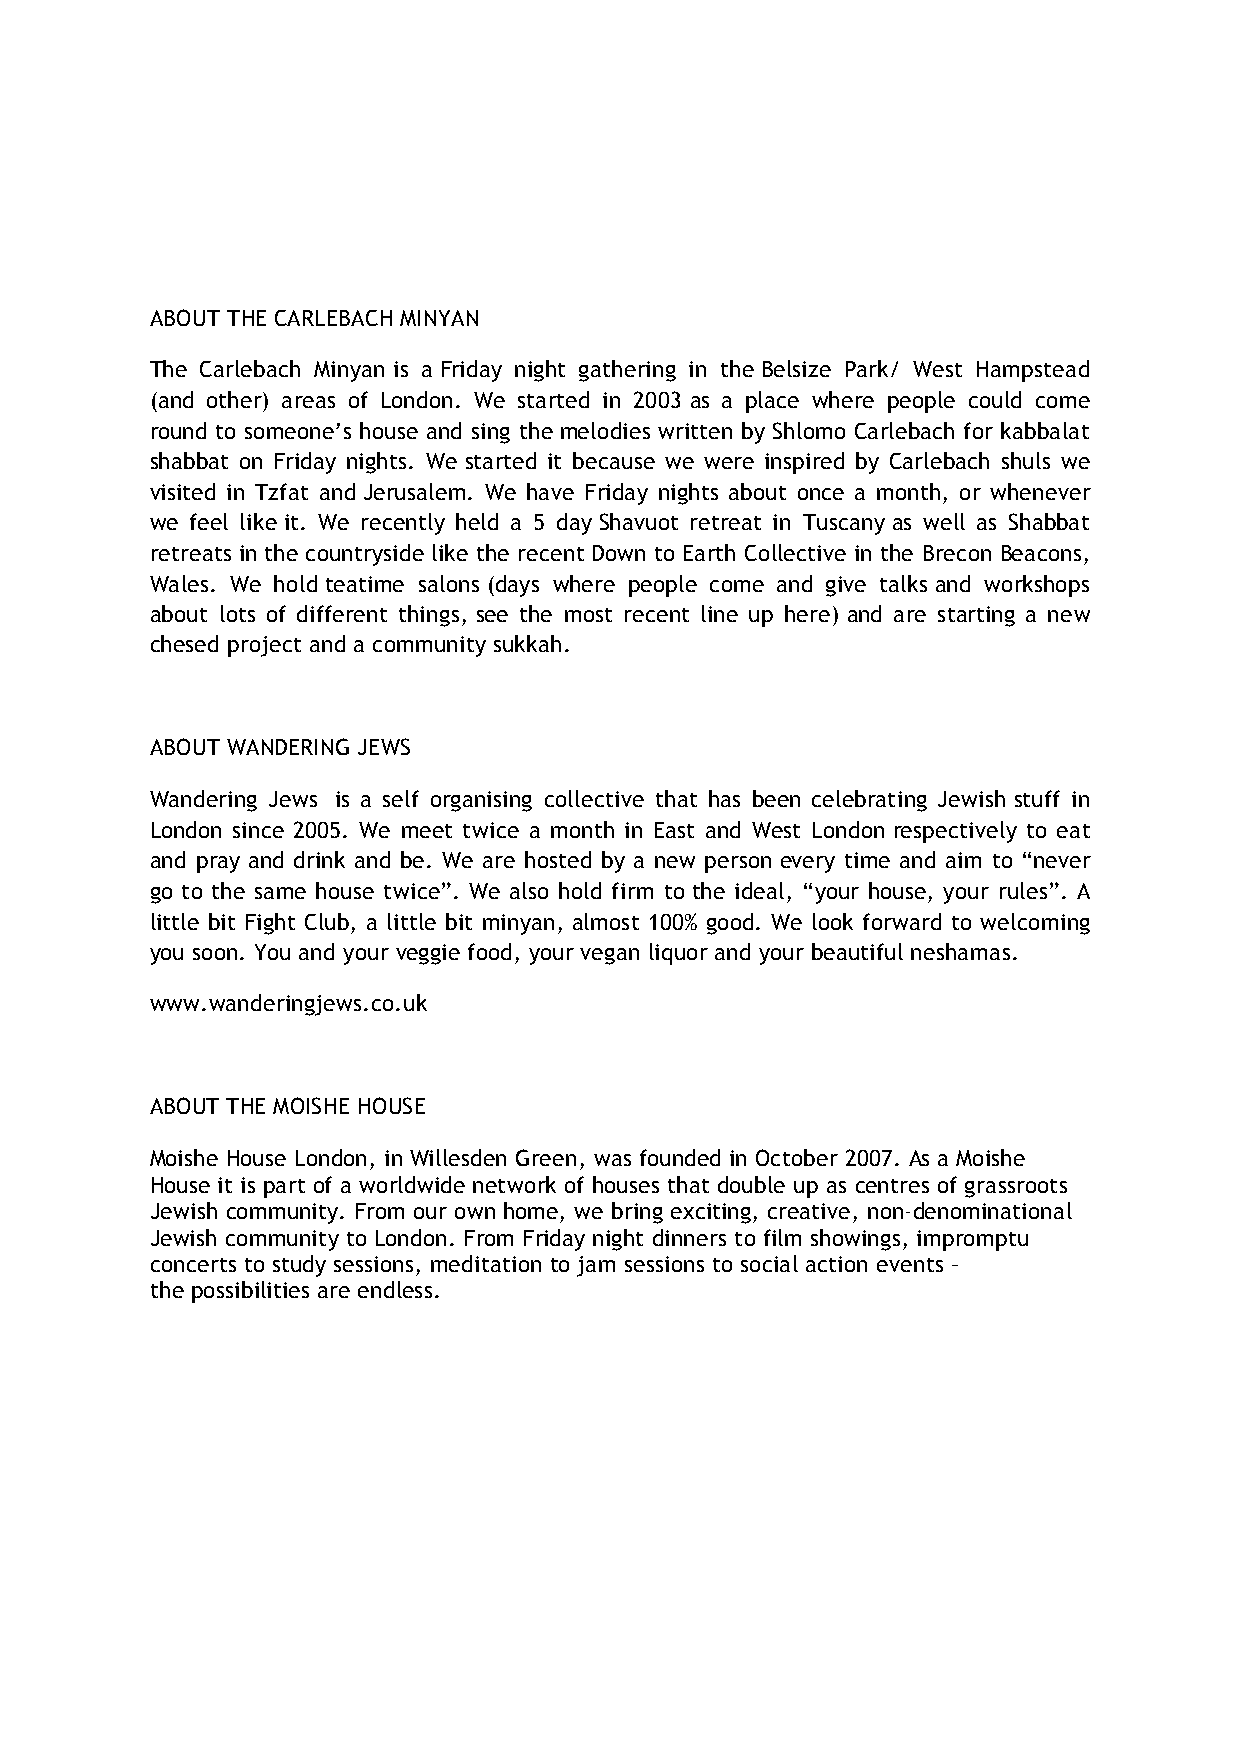
ABOUT THE CARLEBACH MINYAN
 The Carlebach Minyan is a Friday night gathering in the Belsize Park/ West Hampstead
 (and other) areas of London. We started in 2003 as a place where people could come
 round to someone’s house and sing the melodies written by Shlomo Carlebach for kabbalat
 shabbat on Friday nights. We started it because we were inspired by Carlebach shuls we
 visited in Tzfat and Jerusalem. We have Friday nights about once a month, or whenever
 we feel like it. We recently held a 5 day Shavuot retreat in Tuscany as well as Shabbat
 retreats in the countryside like the recent Down to Earth Collective in the Brecon Beacons,
 Wales. We hold teatime salons (days where people come and give talks and workshops
 about lots of different things, see the most recent line up here) and are starting a new
 chesed project and a community sukkah.
 ABOUT WANDERING JEWS
 Wandering Jews is a self organising collective that has been celebrating Jewish stuff in
 London since 2005. We meet twice a month in East and West London respectively to eat
 and pray and drink and be. We are hosted by a new person every time and aim to “never
 go to the same house twice”. We also hold firm to the ideal, “your house, your rules”. A
 little bit Fight Club, a little bit minyan, almost 100% good. We look forward to welcoming
 you soon. You and your veggie food, your vegan liquor and your beautiful neshamas.
 www.wanderingjews.co.uk
 ABOUT THE MOISHE HOUSE
 Moishe House London, in Willesden Green, was founded in October 2007. As a Moishe
 House it is part of a worldwide network of houses that double up as centres of grassroots
 Jewish community. From our own home, we bring exciting, creative, non-denominational
 Jewish community to London. From Friday night dinners to film showings, impromptu
 concerts to study sessions, meditation to jam sessions to social action events –
 the possibilities are endless.